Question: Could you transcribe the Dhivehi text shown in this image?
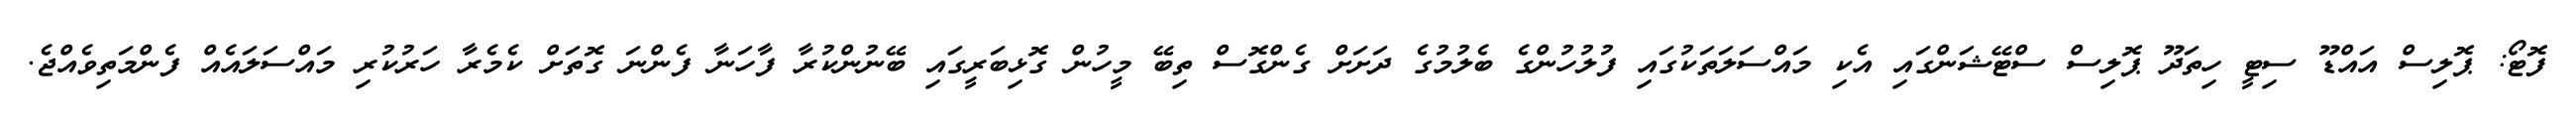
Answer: ފޮޓޯ: ޕޮލިސް އައްޑޫ ސިޓީ ހިތަދޫ ޕޮލިސް ސްޓޭޝަންގައި އެކި މައްސަލަތަކުގައި ފުލުހުންގެ ބެލުމުގެ ދަށަށް ގެންގޮސް ތިބޭ މީހުން ގޮޅިބަރީގައި ބޭނުންކުރާ ފާހަނާ ފެންނަ ގޮތަށް ކެމެރާ ހަރުކުރި މައްސަލައެއް ފެންމަތިވެއްޖެ.